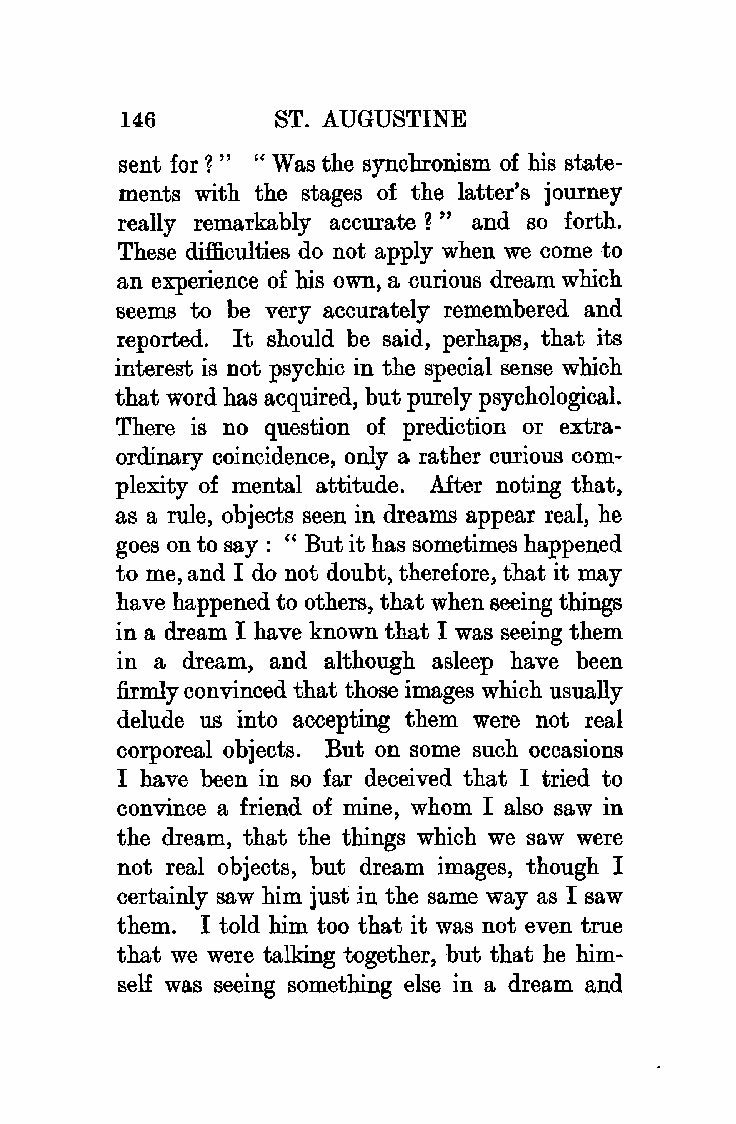
146       ST. AUGUSTINE
 sent for?" "Was the synchronism of bis state
 ments with the stages of the latter's journey
 really remarkably accurate?" and so forth.
 These difficulties do not apply when we come to
 an experience of bis own, a curious dream which
 seems to be very accurately remembered and
 reported. It should be said, perhaps, that its
 interest is not psychic in the special sense which
 that word has acquired, but purely psychological.
 There is no question of prediction or extra
 ordinary coincidence, only a rather curious com
 plexity of mental attitude. After noting that,
 as a rule, objects seen in dreams appear real, he
 goes on to say: "But it has sometimes happened
 to me, and I do not doubt, therefore, that it may
 have happened to others, that when seeing things
 in a dream I have known that I was seeing them
 in a dream, and although asleep have been
 firmly convinced that those images which usually
 delude us into accepting them were not real
 corporeal objects. But on some such occasions
 I have been in so far deceived that I tried to
 convince a friend of mine, whom I also saw in
 the dream, that the things which we saw were
 not real objects, but dream images, though I
 certainly saw him just in the same way as I saw
 them. I told him too that it was not even true
 that we were talking together, but that he him
 self was seeing something else in a dream and